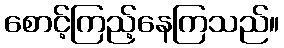
စောင့်ကြည့်နေကြသည်။